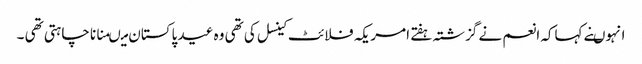
انہوںنے کہاکہ انعم نے گزشتہ ہفتے امریکہ فلائٹ کینسل کی تھی وہ عید پاکستان میںمنانا چاہتی تھی ۔